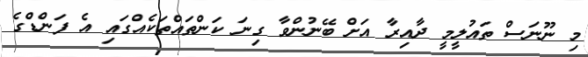
މި ނޫނަސް ތައުލީމީ ދާއިރާ އަށް ބޭނުންވާ ގިނަ ކަންތައްތަކެއްގައި އެ ފަންޑްގެ